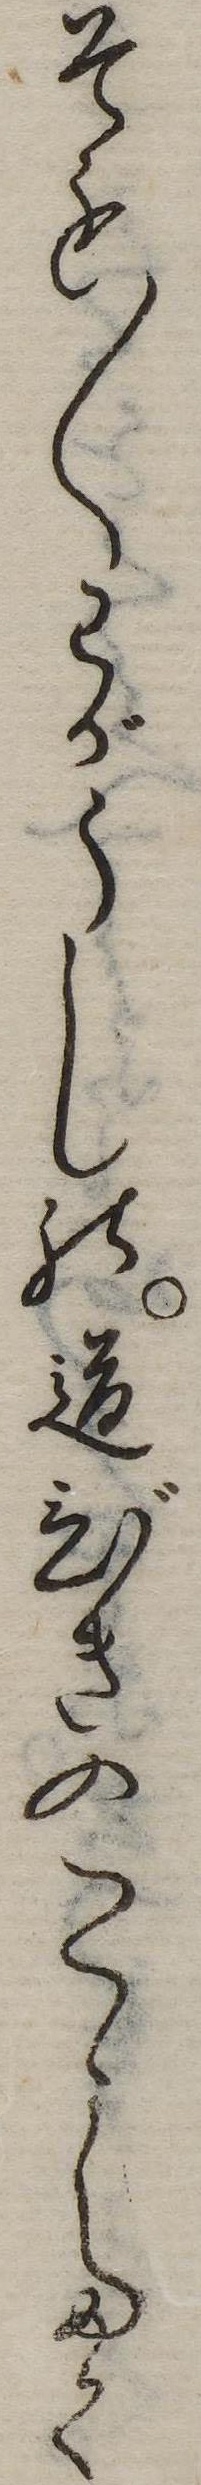
そも〱わがうしの道びきのこゝたく